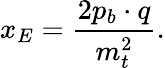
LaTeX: x_{E}={\frac{2p_{b}\cdot q}{m_{t}^{2}}}.